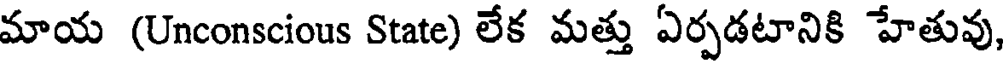
మాయ (Unconscious State) లేక మత్తు ఏర్పడటానికి హేతువు,